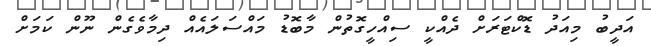
އަދީބު މިއަދު ޑޮކްޓަރަށް ދެއްކީ ސިއްހީގޮތުން މާބޮޑު މައްސަލައެއް ދިމާވެގެން ނޫން ކަމަށް